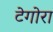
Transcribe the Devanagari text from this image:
टेगोरा